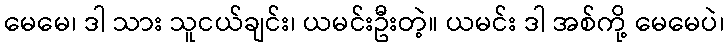
မေမေ၊ ဒါ သား သူငယ်ချင်း၊ ယမင်းဦးတဲ့။ ယမင်း ဒါ အစ်ကို့ မေမေပဲ၊